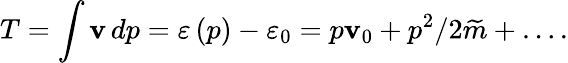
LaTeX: T=\int\mathbf{v}\, dp=\varepsilon\left(p\right)-\varepsilon_{0}=p\mathbf{v}_{0}+p^{2}/2\widetilde{{m}}+\ldots.